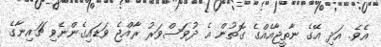
އެވެ. އަދި އޭގެ ނާތީޖާއެއްގެ ގޮތުން އެ ދުވަސްވަރު ރާއްޖެ ވަޑައިގެންނެވި ޗައިނާގެ